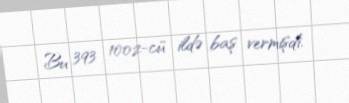
Bu 393 1002-cü ildə baş vermişdi.